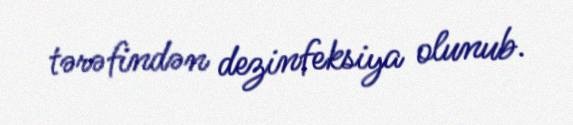
tərəfindən dezinfeksiya olunub.